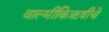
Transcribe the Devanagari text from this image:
वाल्मीकिऋषीचे